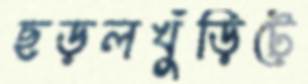
ছড়লখুঁড়িটে